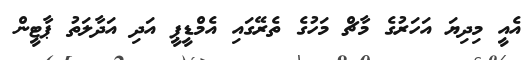
އެއީ މިދިޔަ އަހަރުގެ މާޗް މަހުގެ ތެރޭގައި އެމްޑީޕީ އަދި އަދާލަތު ޕާޓީން